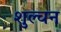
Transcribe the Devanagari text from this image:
शुल्चन